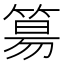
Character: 𥯕